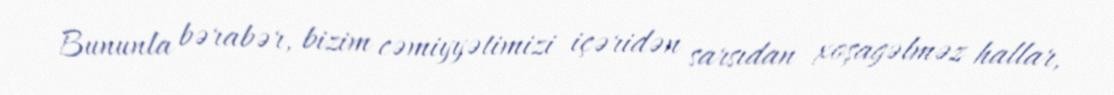
Bununla bərabər, bizim cəmiyyətimizi içəridən sarsıdan xoşagəlməz hallar,